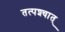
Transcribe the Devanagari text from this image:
तत्पश्‍चात्